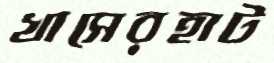
খাসেরহাট